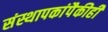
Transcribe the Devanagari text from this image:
संस्थापकांपैकीही